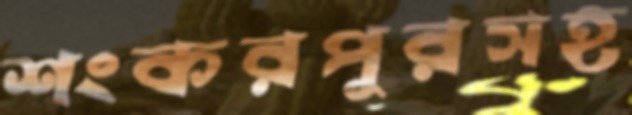
শংকরপুরসহ